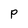
Character: P